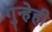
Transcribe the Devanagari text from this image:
गुन्हेही